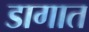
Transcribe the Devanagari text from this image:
डागात